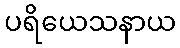
ပရိယေသနာယ